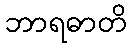
ဘာရဓာတိ